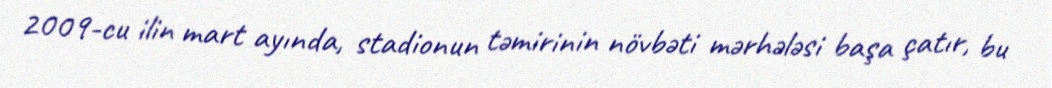
2009-cu ilin mart ayında, stadionun təmirinin növbəti mərhələsi başa çatır, bu